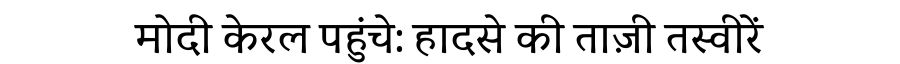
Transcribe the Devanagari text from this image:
मोदी केरल पहुंचे: हादसे की ताज़ी तस्वीरें